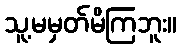
သူ့မမှတ်မိကြဘူး။